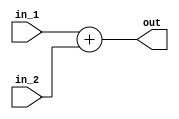
`timescale 1ns / 1ps
//////////////////////////////////////////////////////////////////////////////////
// Mississippi State University
// ECE 4713 Computer Architecture
// 
// Module Name:    Adder_2 
// Project Name:   RISC_PROC
// Tool versions:  Xilinx ISE 12.4
// Description: 
//
// Dependencies: 
//
// Revision: 
// Revision 0.01 - File Created
// Additional Comments: 
//
//////////////////////////////////////////////////////////////////////////////////
module Adder_2(in_1,in_2,out
    );

	input [15:0] in_1,in_2;
	
	output [15:0] out;
	
	assign out = in_1 + in_2;

endmodule